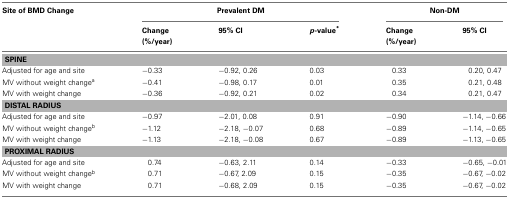
<table><thead><tr><td><b>Site of BMD Change</b></td><td colspan="3"><b>Prevalent DM</b></td><td colspan="2"><b>Non-DM</b></td></tr><tr><td></td><td><b>Change (%/year)</b></td><td><b>95% CI</b></td><td><b><i>p</i>-value*</b></td><td><b>Change (%/year)</b></td><td><b>95% CI</b></td></tr></thead><tbody><tr><td colspan="6"><b>SPINE</b></td></tr><tr><td>Adjusted for age and site</td><td>−0.33</td><td>−0.92, 0.26</td><td>0.03</td><td>0.33</td><td>0.20, 0.47</td></tr><tr><td>MV without weight change<sup>a</sup></td><td>−0.41</td><td>−0.98, 0.17</td><td>0.01</td><td>0.35</td><td>0.21, 0.48</td></tr><tr><td>MV with weight change</td><td>−0.36</td><td>−0.92, 0.21</td><td>0.02</td><td>0.34</td><td>0.21, 0.47</td></tr><tr><td colspan="6"><b>DISTAL RADIUS</b></td></tr><tr><td>Adjusted for age and site</td><td>−0.97</td><td>−2.01, 0.08</td><td>0.91</td><td>−0.90</td><td>−1.14, −0.66</td></tr><tr><td>MV without weight change<sup>b</sup></td><td>−1.12</td><td>−2.18, −0.07</td><td>0.68</td><td>−0.89</td><td>−1.14, −0.65</td></tr><tr><td>MV with weight change</td><td>−1.13</td><td>−2.18, −0.08</td><td>0.67</td><td>−0.89</td><td>−1.13, −0.65</td></tr><tr><td colspan="6"><b>PROXIMAL RADIUS</b></td></tr><tr><td>Adjusted for age and site</td><td>0.74</td><td>−0.63, 2.11</td><td>0.14</td><td>−0.33</td><td>−0.65, −0.01</td></tr><tr><td>MV without weight change<sup>b</sup></td><td>0.71</td><td>−0.67, 2.09</td><td>0.15</td><td>−0.35</td><td>−0.67, −0.02</td></tr><tr><td>MV with weight change</td><td>0.71</td><td>−0.68, 2.09</td><td>0.15</td><td>−0.35</td><td>−0.67, −0.02</td></tr></tbody></table>